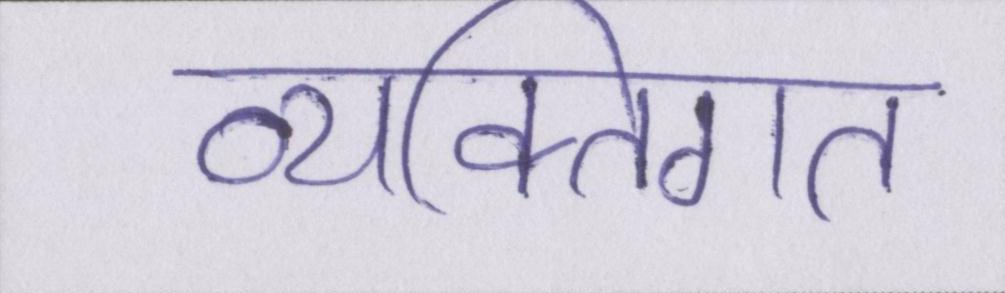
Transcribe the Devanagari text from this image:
व्यक्तिगत